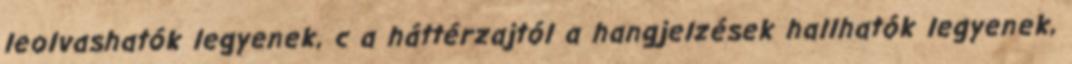
leolvashatók legyenek, c a háttérzajtól a hangjelzések hallhatók legyenek,